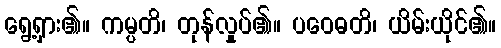
ရွေ့ရှား၏။ ကမ္ပတိ၊ တုန်လှုပ်၏။ ပဝေဓတိ၊ ယိမ်းယိုင်၏။